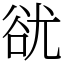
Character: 㞃